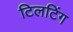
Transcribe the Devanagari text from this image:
टिलटिंग